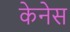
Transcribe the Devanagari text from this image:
केनेस